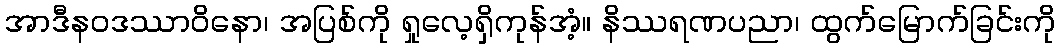
အာဒီနဝဒဿာဝိနော၊ အပြစ်ကို ရှုလေ့ရှိကုန်အံ့။ နိဿရဏပညာ၊ ထွက်မြောက်ခြင်းကို